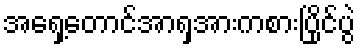
အရှေ့တောင်အာရှအားကစားပြိုင်ပွဲ